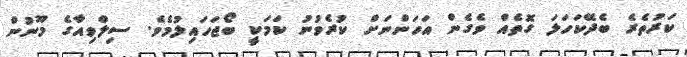
ކަރުތެރެ ބެދޭކަހަލަ ގޮތެއް ވެގެން އަހަންނަށް ކުރެވުނު ކަމަކީ ބޯޖަހައިލުމެވެ. ސިލްވިއާގެ މޫނުން